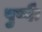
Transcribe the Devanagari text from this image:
पुष्पैः